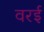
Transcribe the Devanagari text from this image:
वरई